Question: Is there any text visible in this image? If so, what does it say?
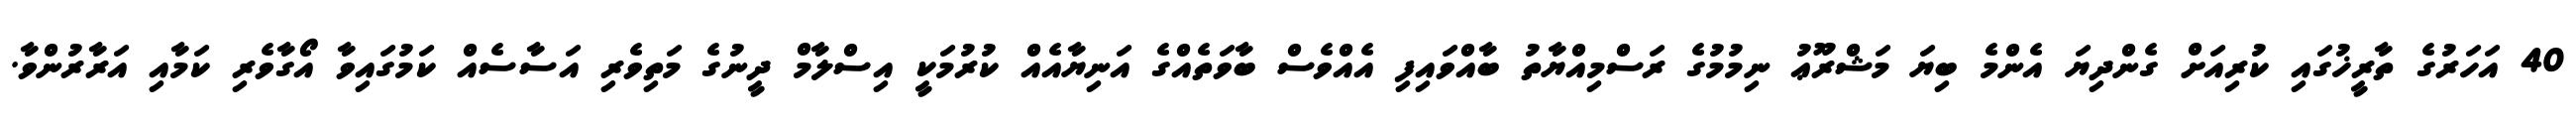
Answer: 40 އަހަރުގެ ތާރީޚުގައި ކުރިއަށް ގެންދިޔަ އެންމެ ބިޔަ މަޝްރޫޢު ނިމުމުގެ ރަސްމިއްޔާތު ބާއްވައިފި އެއްވެސް ބާވަތެއްގެ އަނިޔާއެއް ކުރުމަކީ އިސްލާމް ދީނުގެ މަތިވެރި އަސާސެއް ކަމުގައިވާ އޯގާވެރި ކަމާއި އަރާރުންވާ.